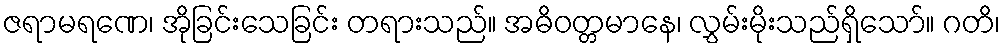
ဇရာမရဏေ၊ အိုခြင်းသေခြင်း တရားသည်။ အဓိဝတ္တမာနေ၊ လွှမ်းမိုးသည်ရှိသော်။ ဂတိ၊